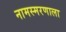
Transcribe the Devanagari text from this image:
नामस्मरणाला